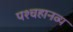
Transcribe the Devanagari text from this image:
पश्चहानव्य